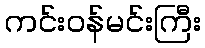
ကင်းဝန်မင်းကြီး